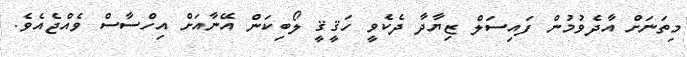
މިތަނަށް އާދެވުމުން ފައިސަލް ޒިޔާދާ ދެކެވީ ހަޤީޤީ ލޯބިކަން އޭނާއަށް އިހްސާސް ވެއްޖެއެވެ.